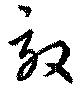
效